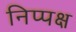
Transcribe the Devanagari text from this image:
निप्पक्ष